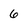
Character: 6